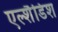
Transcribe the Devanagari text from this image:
एल्शैडिश